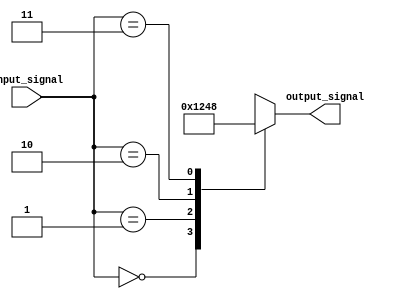
module decoder2to4 (
    input [1:0] input_signal,
    output reg [3:0] output_signal
);

always @*
begin
  case(input_signal)
    2'b00: output_signal = 4'b0001; // Output signal 0
    2'b01: output_signal = 4'b0010; // Output signal 1
    2'b10: output_signal = 4'b0100; // Output signal 2
    2'b11: output_signal = 4'b1000; // Output signal 3
    default: output_signal = 4'b0000; // Default case
  endcase
end

endmodule